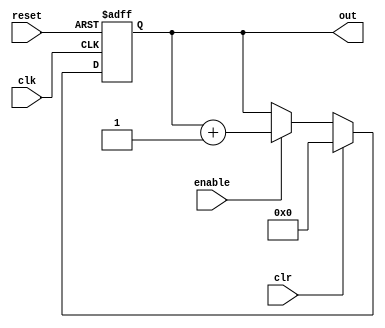
module clk_up_counter    (out     ,enable  ,clk     ,clr     ,reset    );
//----------Output Ports--------------
    output [7:0] out;
//------------Input Ports--------------
    input enable, clk, reset,clr;
//------------Internal Variables--------
    reg [7:0] out;
//-------------Code Starts Here-------

always @(posedge clk or negedge reset) begin
 if (reset == 0) begin
   out <= 8'b0 ;
 end 
 else begin
  if (clr) begin
   out <= 8'b0 ;
  end 
  else if (enable) begin
   out <= out + 8'b1;
  end
 end
end




endmodule